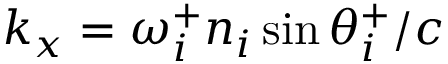
k _ { x } = \omega _ { i } ^ { + } n _ { i } \sin \theta _ { i } ^ { + } / c